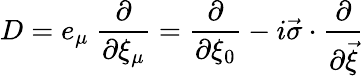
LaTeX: D=e_{\mu}~\frac{\partial}{\partial\xi_{\mu}}=\frac{\partial}{\partial\xi_{0}}-i\vec{\sigma}\cdot\frac{\partial}{\partial\vec{\xi}}